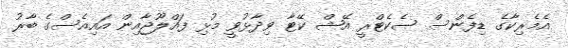
އެމެރިކާގެ ޑިފެންސް ސެކެޓްރީ އޭޝް ކޭޓާ ވިދާޅުވީ މުޅި ފައްލޫޖާއިން އައިއެސްގެ ބާރު